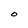
Character: O